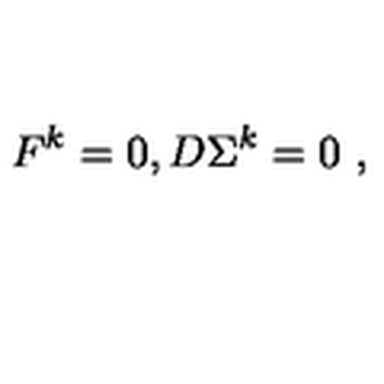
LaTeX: F ^ { k } = 0 , D \Sigma ^ { k } = 0 \ ,